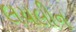
લયલીન